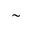
\sim